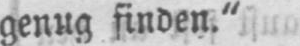
genug finden.“